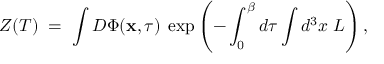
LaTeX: { \cal Z } ( T ) \; = \; \int { \cal D } \Phi ( { \bf x } , \tau ) \; \exp \left( - \int _ { 0 } ^ { \beta } d \tau \int d ^ { 3 } x \; { \cal L } \right) ,